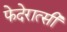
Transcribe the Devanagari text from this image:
फेदेरात्सी